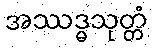
အဿဒ္ဓသုတ္တံ